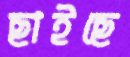
ছাইছে